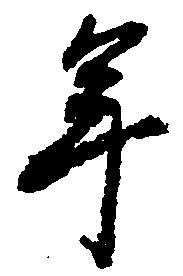
年